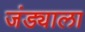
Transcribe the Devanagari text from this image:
जंड्याला